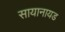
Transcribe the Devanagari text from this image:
सायानायड